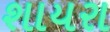
શાયરા